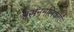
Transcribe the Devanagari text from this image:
श्वसननलिकाएँ